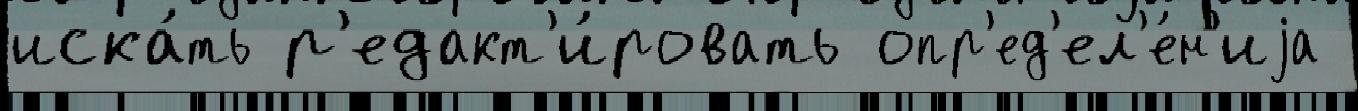
иска́ть р'едакт'и́ровать опр'ед'ел'е́н'иjа